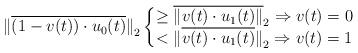
LaTeX: \begin{align*}{{\| \overline{(1-v(t))\cdot {{u}_{0}}(t)} \|}_{2}}\left\{\begin{matrix}\ge {{\overline{\| v(t)\cdot {{u}_{1}}(t) \|}}_{2}} \Rightarrow v(t)=0 \\<{{\| \overline{v(t)\cdot {{u}_{1}}(t)} \|}_{2}} \Rightarrow v(t)=1\end{matrix} \right.\end{align*}